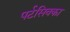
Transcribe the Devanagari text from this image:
पर्टसिवका